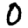
Digit: 0